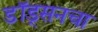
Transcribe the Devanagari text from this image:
डॉड्सनचा